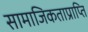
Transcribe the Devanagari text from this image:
सामाजिकताप्राप्ति